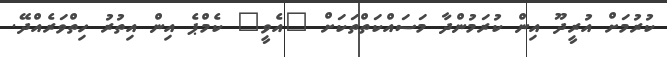
ކުރުމަށް އުރީދޫ އިން ކުރަމުންދާ މަސައްކަތްތަކަށް "އެވީ" ކެމްޕެ އިން އިތުރު ހިތްވަރެއްދޭ.